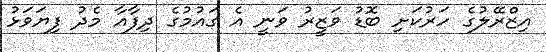
އިޒްރޭލުގެ ހަރުކަށި ބޮޑު ވަޒީރު ވަނީ އެ ގައުމުގެ ދިފާއާ މެދު ފިޔަވަޅު